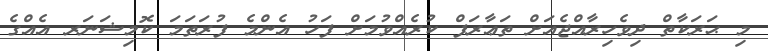
މި ޙަރަކާތް ދިވެހިރާއްޖެއަށް ތަޢާރަފް ކުރެއްވުމަށް ފަހު އެންމެ ފުރަތަމަ ކޮމިޝަނަރ އެއްގެ